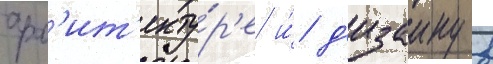
арх'ит'екту́р'е и́ д'изаину в